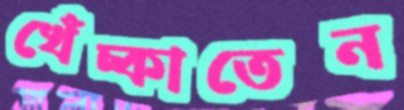
খেঁচ্‌কাতেন